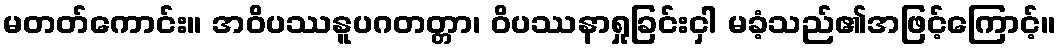
မတတ်ကောင်း။ အဝိပဿနူပဂတတ္တာ၊ ဝိပဿနာရှုခြင်းငှါ မခံ့သည်၏အဖြင့်ကြောင့်။